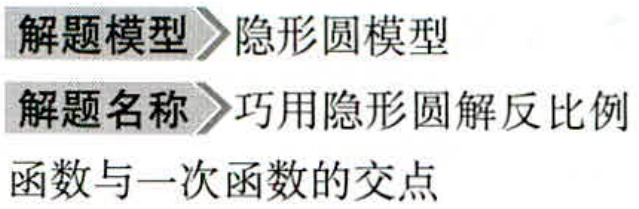
解题模型 隐形圆模型

解题名称 巧用隐形圆解反比例

函数与一次函数的交点